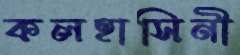
কলহাসিনী